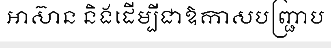
អាស៊ាន និងដើម្បីជាឱកាសបញ្ជ្រាប